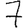
Digit: 7